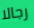
رجالا